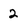
Character: 2